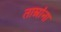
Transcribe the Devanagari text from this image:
ताम्रांना